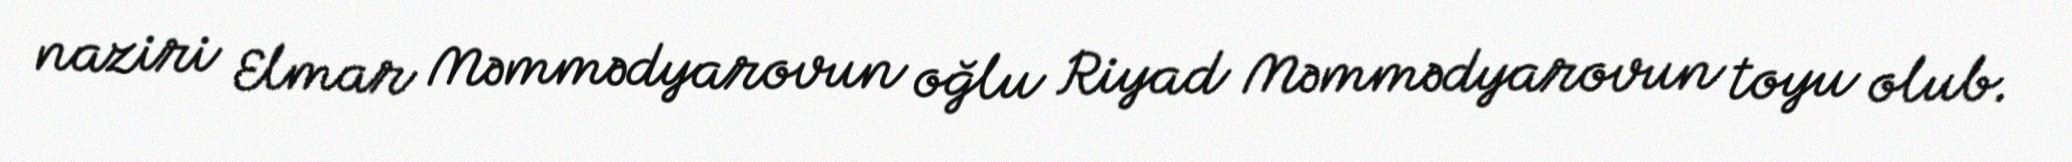
naziri Elmar Məmmədyarovun oğlu Riyad Məmmədyarovun toyu olub.